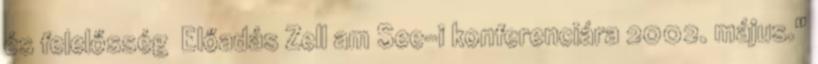
és felelősség Előadás Zell am See-i konferenciára 2002. május."